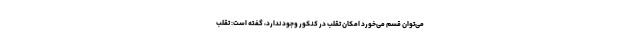
می‌توان قسم می‌خورد امکان تقلب در کنکور وجود ندارد، گفته است: تقلب